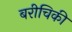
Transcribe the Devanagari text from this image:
बरीचिकी